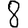
Digit: 8